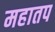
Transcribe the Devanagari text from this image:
महातप